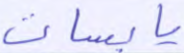
يابسات